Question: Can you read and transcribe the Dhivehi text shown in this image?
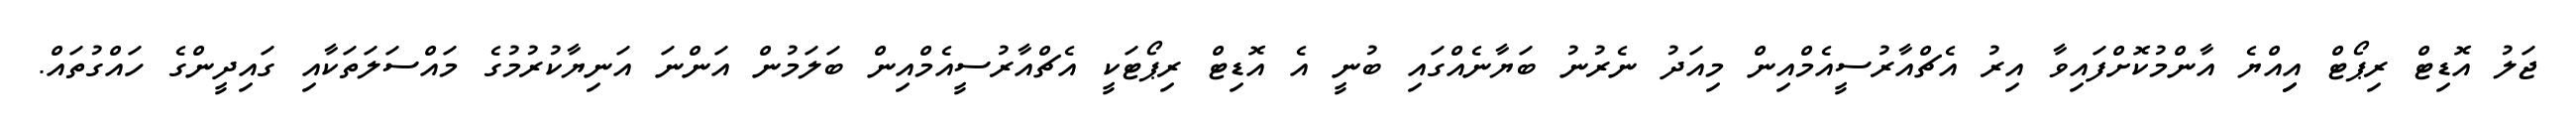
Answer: ޖަލު އޮޑިޓް ރިޕޯޓް އިިއްޔެ އާންމުކޮށްފައިވާ އިރު އެޗްއާރުސީއެމްއިން މިއަދު ނެރުނު ބަޔާނެއްގައި ބުނީ އެ އޮޑިޓް ރިޕޯޓަކީ އެޗްއާރުސީއެމްއިން ބަލަމުން އަންނަ އަނިޔާކުރުމުގެ މައްސަލަތަކާއި ގައިދީންގެ ހައްގުތައް.